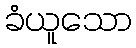
ခံယူသော